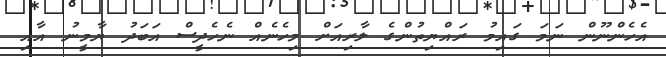
އެހެންނޫން ނަމަ ގައިމު ރައްޔިތުންގެ ލާރިއަށް މިހެނެއް ނެހެދީސް އަބަދު ޔާމީނު އާއި